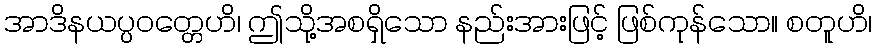
အာဒိနယပ္ပဝတ္တေဟိ၊ ဤသို့အစရှိသော နည်းအားဖြင့် ဖြစ်ကုန်သော။ စတူဟိ၊